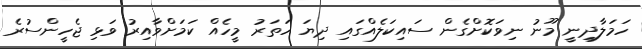
ހަމަލާދިނީ މޫނު ނިވަކޮށްގެން ސައިކަލެއްގައި ދިޔަ ހަތަރު މީހެއް ކަމަށްވާއިރު ވަޅި ޖެހީންސުރެ